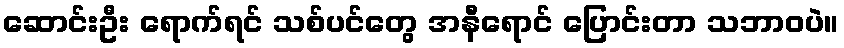
ဆောင်းဦး ရောက်ရင် သစ်ပင်တွေ အနီရောင် ပြောင်းတာ သဘာဝပဲ။